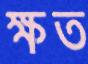
ক্ষত